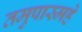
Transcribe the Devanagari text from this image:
तमुपास्महे